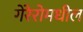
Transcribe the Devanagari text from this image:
गेरेरोमधील